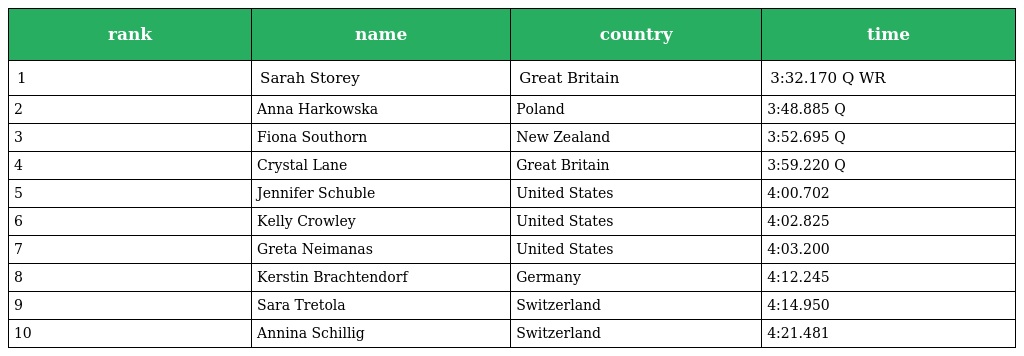
| rank | name | country | time |
 | --- | --- | --- | --- |
 | 1 | Sarah Storey | Great Britain | 3:32.170 Q WR |
 | 2 | Anna Harkowska | Poland | 3:48.885 Q |
 | 3 | Fiona Southorn | New Zealand | 3:52.695 Q |
 | 4 | Crystal Lane | Great Britain | 3:59.220 Q |
 | 5 | Jennifer Schuble | United States | 4:00.702 |
 | 6 | Kelly Crowley | United States | 4:02.825 |
 | 7 | Greta Neimanas | United States | 4:03.200 |
 | 8 | Kerstin Brachtendorf | Germany | 4:12.245 |
 | 9 | Sara Tretola | Switzerland | 4:14.950 |
 | 10 | Annina Schillig | Switzerland | 4:21.481 |